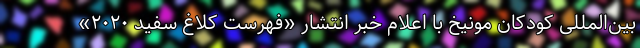
بین‌المللی کودکان مونیخ با اعلام خبر انتشار «فهرست کلاغ سفید ۲۰۲۰»